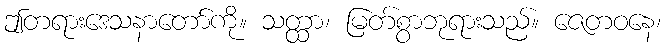
ဤတရားဒေသနာတော်ကို။ သတ္ထာ၊ မြတ်စွာဘုရားသည်။ ဇေတဝနေ၊